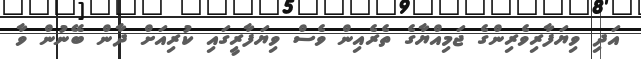
އަދި ވިޔަފާރިވެރިންގެ ޖަމިއްޔާގެ ތެރެއިން ވެސް ވިޔަފާރީގައި ކުރިއަށް ދާން ބޭނުން ވާ